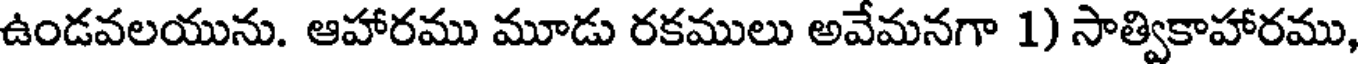
ఉండవలయును. ఆహారము మూడు రకములు అవేమనగా 1) సాత్వికాహారము,